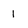
Character: 1